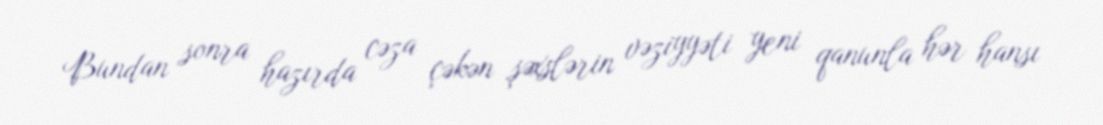
Bundan sonra hazırda cəza çəkən şəxslərin vəziyyəti yeni qanunla hər hansı